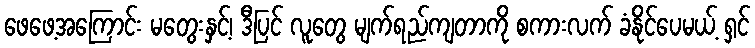
ဖေဖေ့အကြောင်း မတွေးနှင့်၊ ဒီပြင် လူတွေ မျက်ရည်ကျတာကို စကားလက် ခံနိုင်ပေမယ့် ရှင်